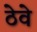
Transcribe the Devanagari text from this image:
ठेवे